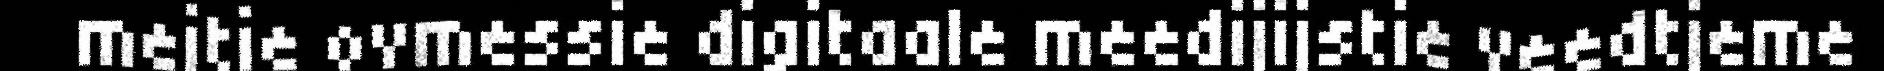
mejtie ovmessie digitaale meedijijstie veedtjeme